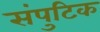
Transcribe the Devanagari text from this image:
संपुटिक